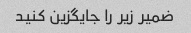
ضمیر زیر را جایگزین کنید